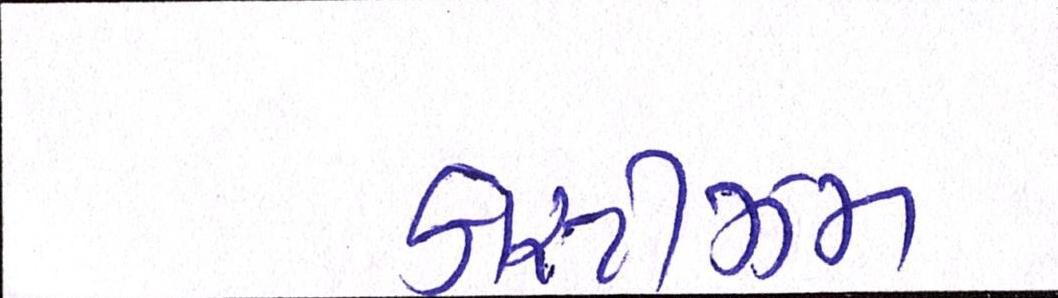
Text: કાસ્ટીઝમ